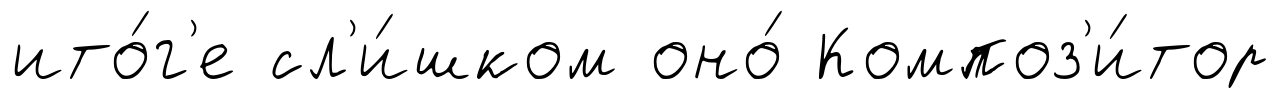
ито́г'е сл'и́шком оно́ Композ'и́тор